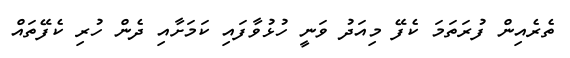
ތެރެއިން ފުރަތަމަ ކެފޭ މިއަދު ވަނީ ހުޅުވާފައި ކަމަށާއި ދެން ހުރި ކެފޭތައް